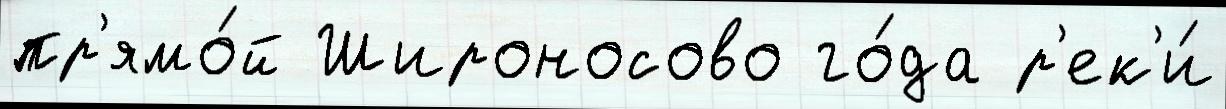
пр'ямо́й Широносово го́да р'ек'и́